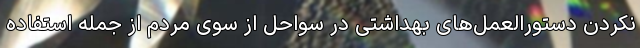
نکردن دستورالعمل‌های بهداشتی در سواحل از سوی مردم از جمله استفاده